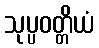
သုပ္ပဝတ္တိယံ